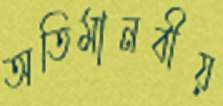
অতিমানবীয়